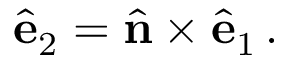
\hat { \bf e } _ { 2 } = \hat { \bf n } \times \hat { \bf e } _ { 1 } \, .